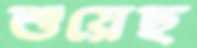
শুয়েছ